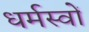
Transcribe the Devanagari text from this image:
धर्मस्वों